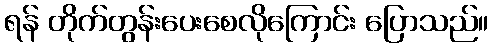
ရန် တိုက်တွန်းပေးစေလိုကြောင်း ပြောသည်။